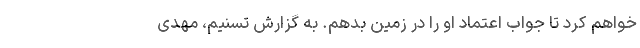
خواهم کرد تا جواب اعتماد او را در زمین بدهم. به گزارش تسنیم، مهدی